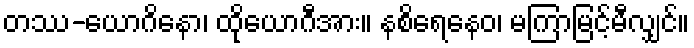
တဿ-ယောဂိနော၊ ထိုယောဂီအား။ နစိရေနေဝ၊ မကြာမြင့်မီလျှင်။